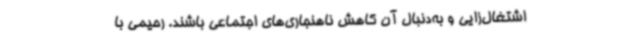
اشتغال‌زایی و به‌دنبال آن کاهش ناهنجاری‌های اجتماعی باشند. رحیمی با